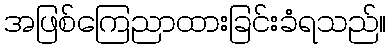
အဖြစ်ကြေညာထားခြင်းခံရသည်။